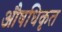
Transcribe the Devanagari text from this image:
औषधिकृत